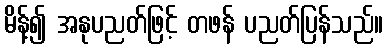
မိန့်၍ အနုပညတ်ဖြင့် တဖန် ပညတ်ပြန်သည်။